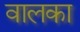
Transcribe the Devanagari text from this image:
वालका